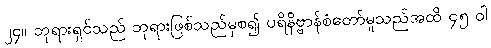
၂၄။ ဘုရားရှင်သည် ဘုရားဖြစ်သည်မှစ၍ ပရိနိဗ္ဗာန်စံတော်မူသည်အထိ ၄၅ ဝါ